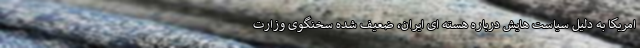
امریکا به دلیل سیاست هایش درباره هسته ای ایران، ضعیف شده سخنگوی وزارت